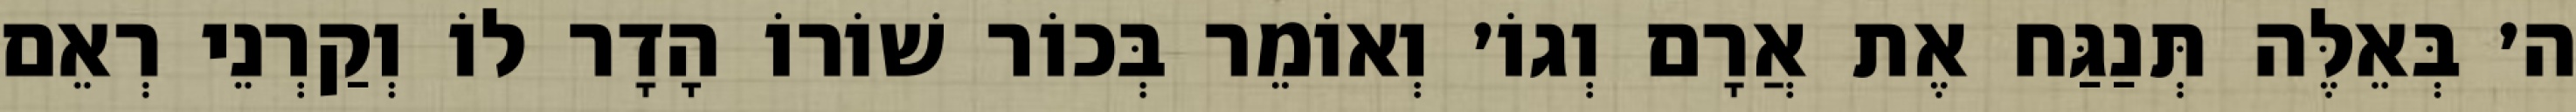
ה׳ בְּאֵלֶּה תְּנַגַּח אֶת אֲרָם וְגוֹ׳ וְאוֹמֵר בְּכוֹר שׁוֹרוֹ הָדָר לוֹ וְקַרְנֵי רְאֵם